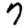
Digit: 7